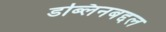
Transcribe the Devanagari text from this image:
डब्लिनबद्दल